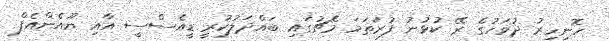
ހޮނިހިރު ދުވަހުގެ ރޭ ކުޅުނު ފުރަތަމަ މެޗުގައި ބައްދަލުކުރީ ޑީއެސްސީ އާއި ޔޫއެންއެފް